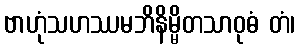
ဗာဟုံသဟဿမဘိနိမ္မိတသာဝုဓံ တံ၊